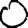
Digit: 0